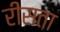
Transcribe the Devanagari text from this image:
रीसता